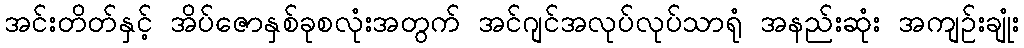
အင်းတိတ်နှင့် အိပ်ဇောနှစ်ခုစလုံးအတွက် အင်ဂျင်အလုပ်လုပ်သာရုံ အနည်းဆုံး အကျဉ်းချုံး